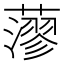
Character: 𦾷